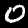
Digit: 0